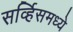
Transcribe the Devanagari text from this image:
सर्व्हिसमध्ये